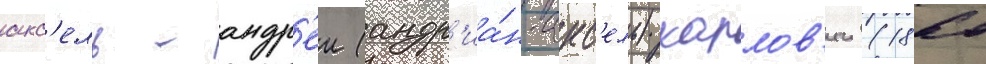
акс'ель-андр'еи (андр'иа́н-акс'ель) карлов'ич (1860